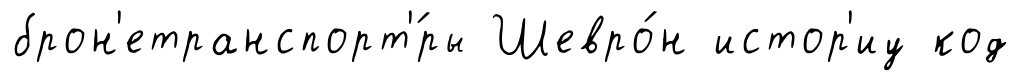
брон'етранспорт'́ры Шевро́н истор'иу код